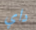
داي